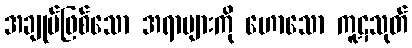
အချုပ်ဖြစ်သော အရာများကို ဟောသော ကူဋသုတ်